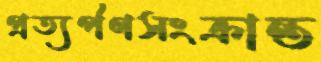
প্রত্যর্পণসংক্রান্ত